Jaan_Tonisson_(Lasteleht), lk 263
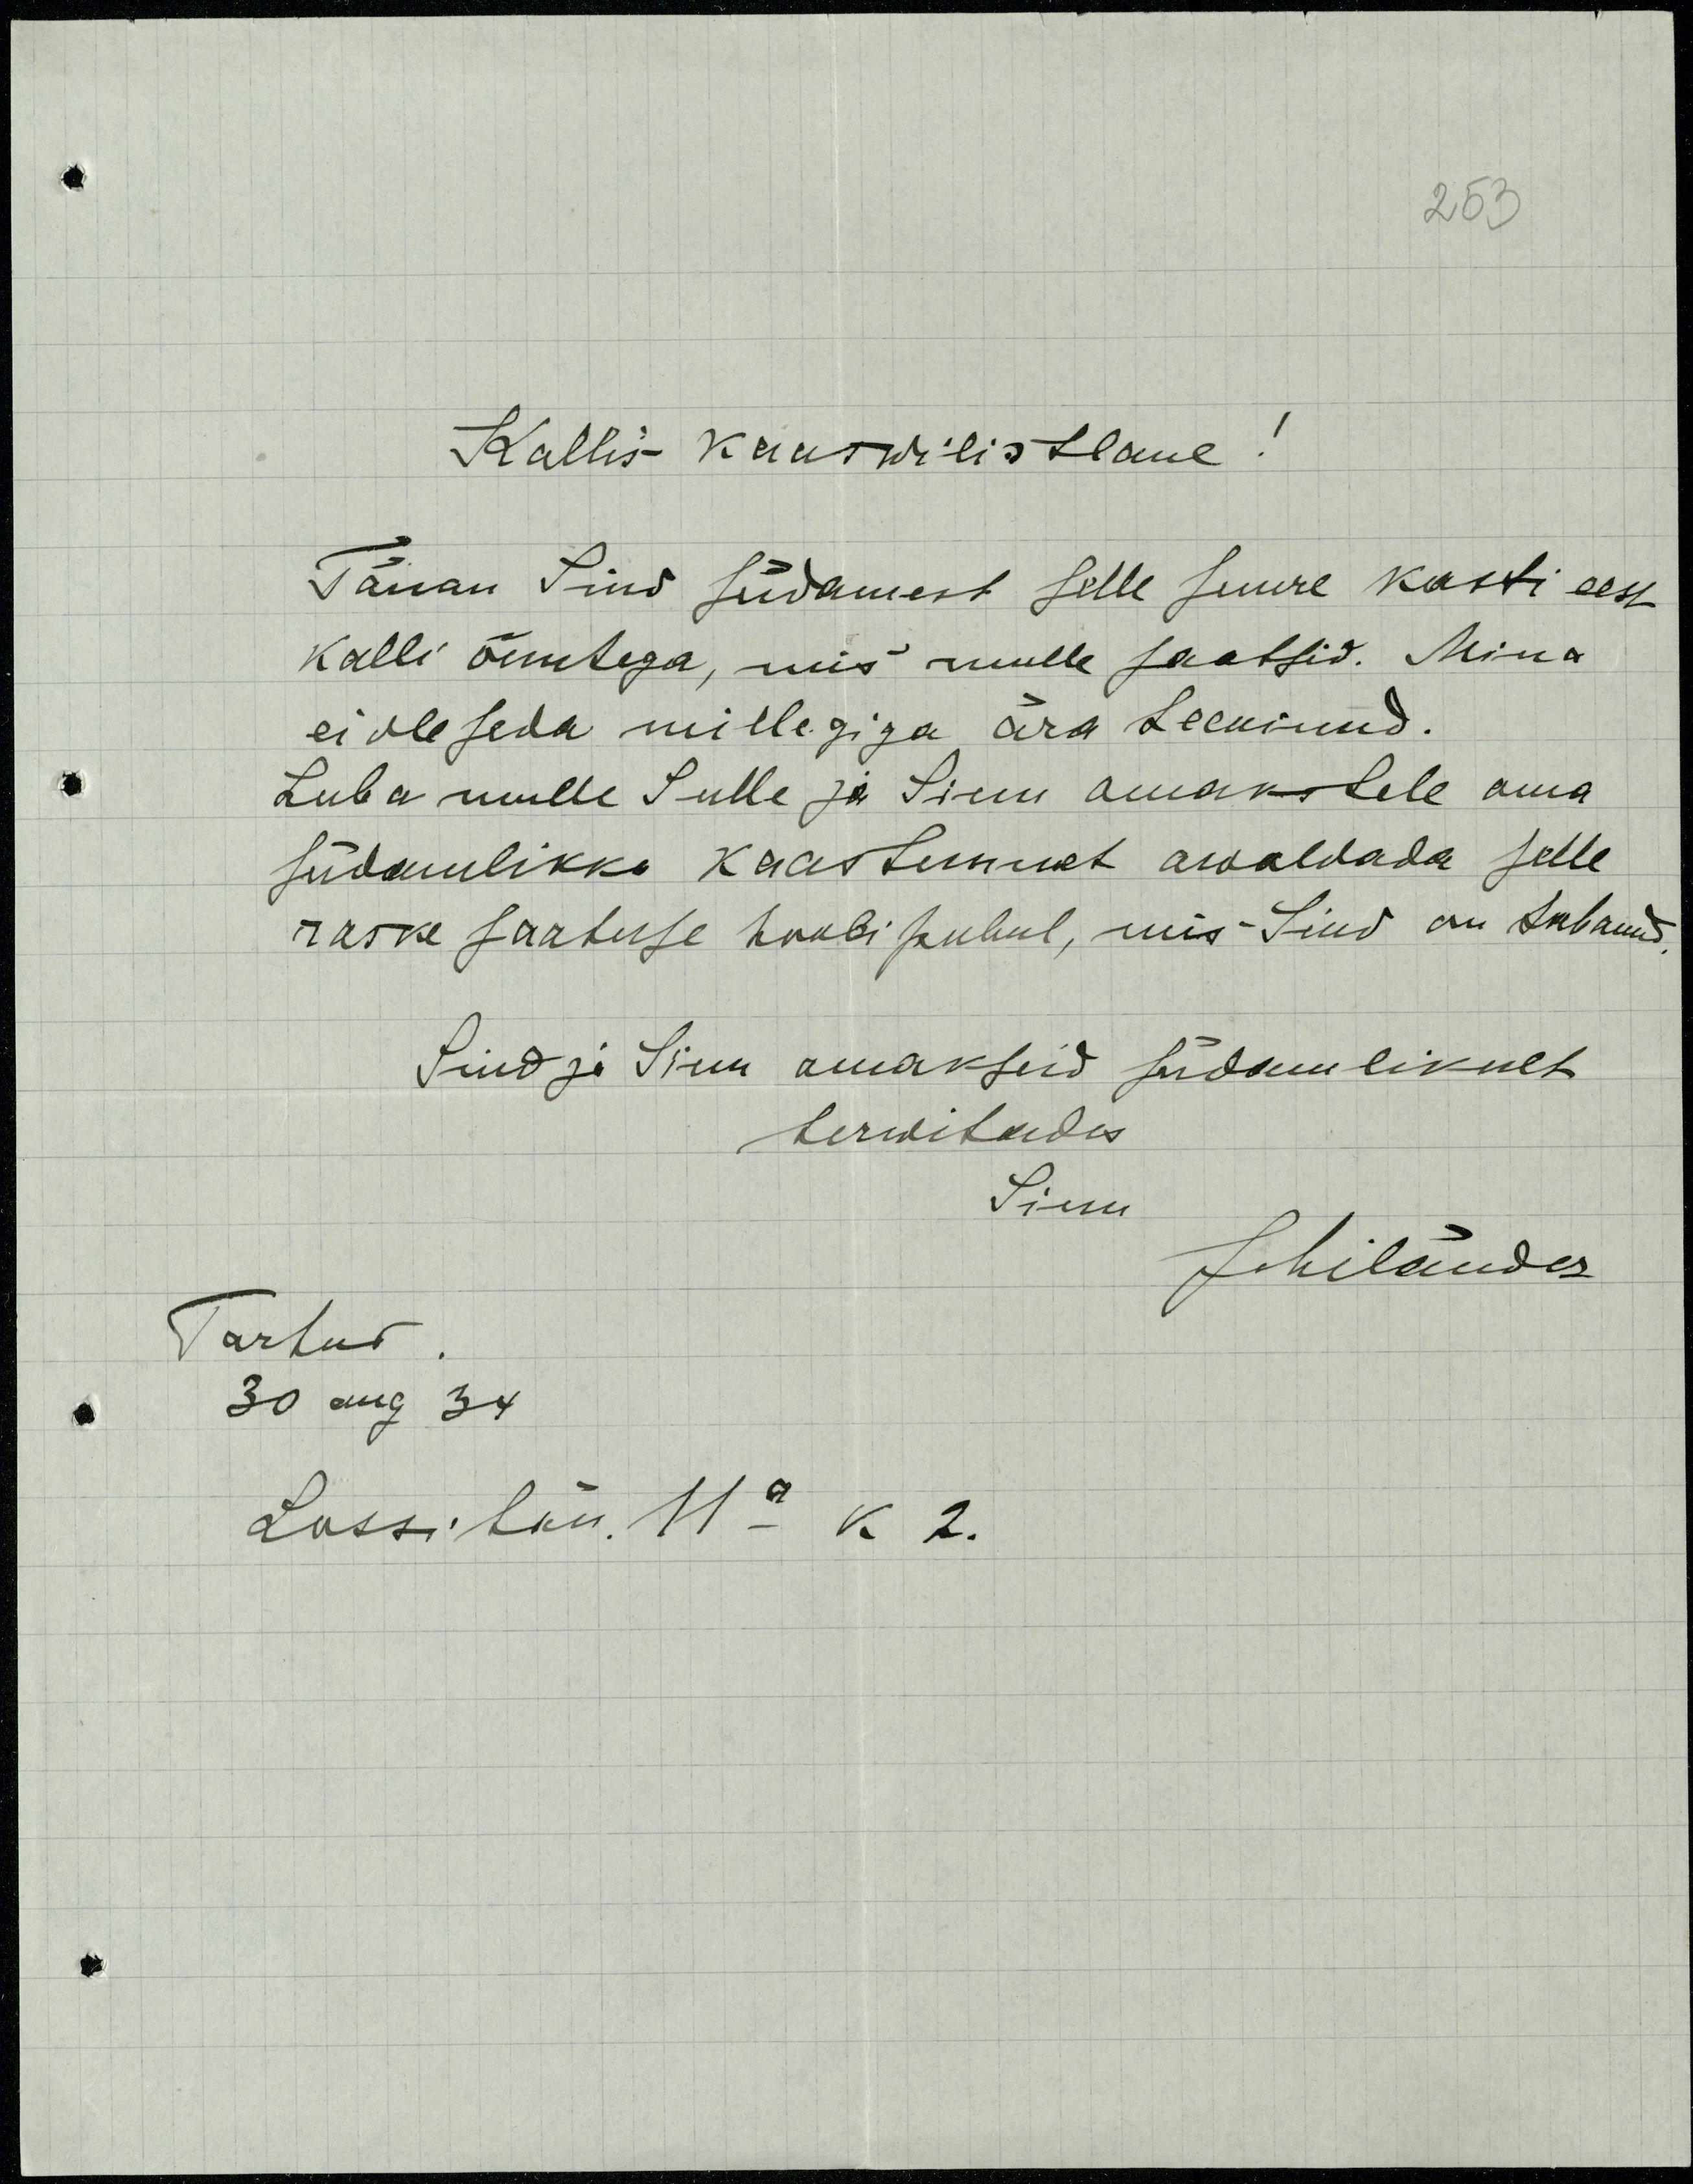
253
Kallis kaaswilistlane!
Tänan Sind südamest selle suure kasti eest
kalli õuntega, mis mulle saatsid. Mina
ei ole seda millegiga ära teeninud.
Luba mulle Sulle ja Sinu omakstele oma
südamlikku kaastunnest awaldada selle
raske saatuse hoobi puhul, mis Sind on tabanud
Sind ja Sinu omakseid südamlikult
terwitades
Sinu
Jihilõudes
Tartus
30 aug 34
Lossi tän. 11a k 2.